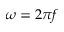
\omega = 2 \pi f